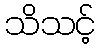
သိသင့်